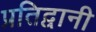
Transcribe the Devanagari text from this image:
प्रतिद्वानी